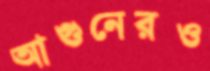
আগুনেরও